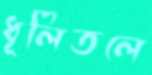
ধূলিতলে